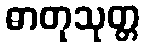
ဓာတုသုတ္တ